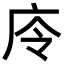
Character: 㡵